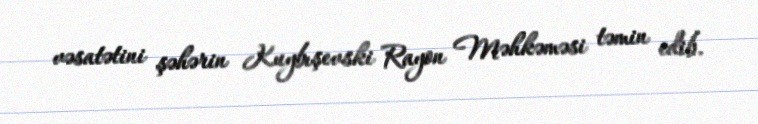
vəsatətini şəhərin Kuybışevski Rayon Məhkəməsi təmin edib.